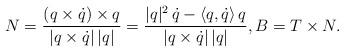
LaTeX: \begin{align*} N= \frac{(q\times\dot{q})\times q}{|q\times\dot{q}|\,|q|} = \frac{|q|^2\,\dot{q} -\langle q,\dot{q}\rangle \,q}{|q\times\dot{q}|\,|q|}, B=T\times N.\end{align*}